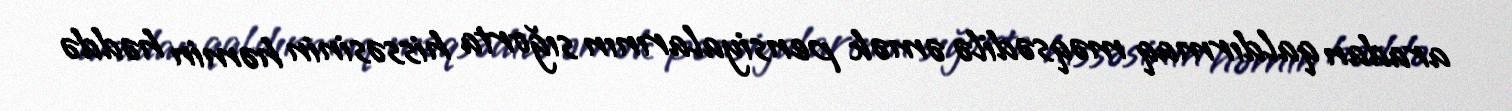
aradan qaldırmaq məqsədilə əmək pensiyalarının sığorta hissəsinin həmin həddə